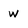
Character: w